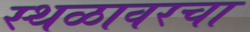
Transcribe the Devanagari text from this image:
स्थळावरचा